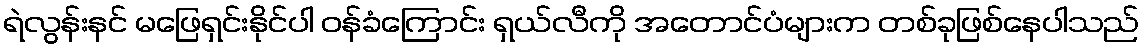
ရဲလွန်းနင် မဖြေရှင်းနိုင်ပါ ဝန်ခံကြောင်း ရှယ်လီကို အတောင်ပံများက တစ်ခုဖြစ်နေပါသည်